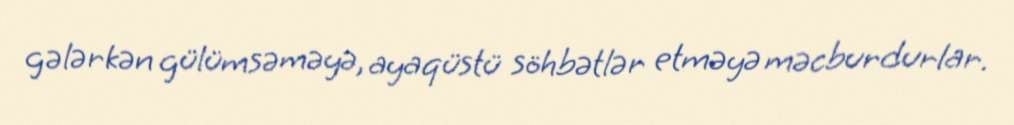
gələrkən gülümsəməyə, ayaqüstü söhbətlər etməyə məcburdurlar.